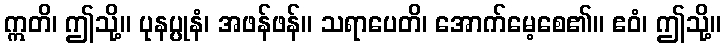
ဣတိ၊ ဤသို့။ ပုနပ္ပုနံ၊ အဖန်ဖန်။ သရာပေတိ၊ အောက်မေ့စေ၏။ ဧဝံ၊ ဤသို့။